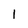
Character: l